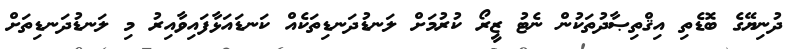
ދުނިޔޭގެ ބޮޑެތި އިޤްތިޞާދުތަކުން ނެޓު ޒީރޯ ކުރުމަށް ލަނޑުދަނޑިތަކެއް ކަނޑައަޅާފައިވާއިރު މި ލަނޑުދަނޑިތަށް